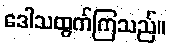
ဒေါသထွက်ကြသည်။